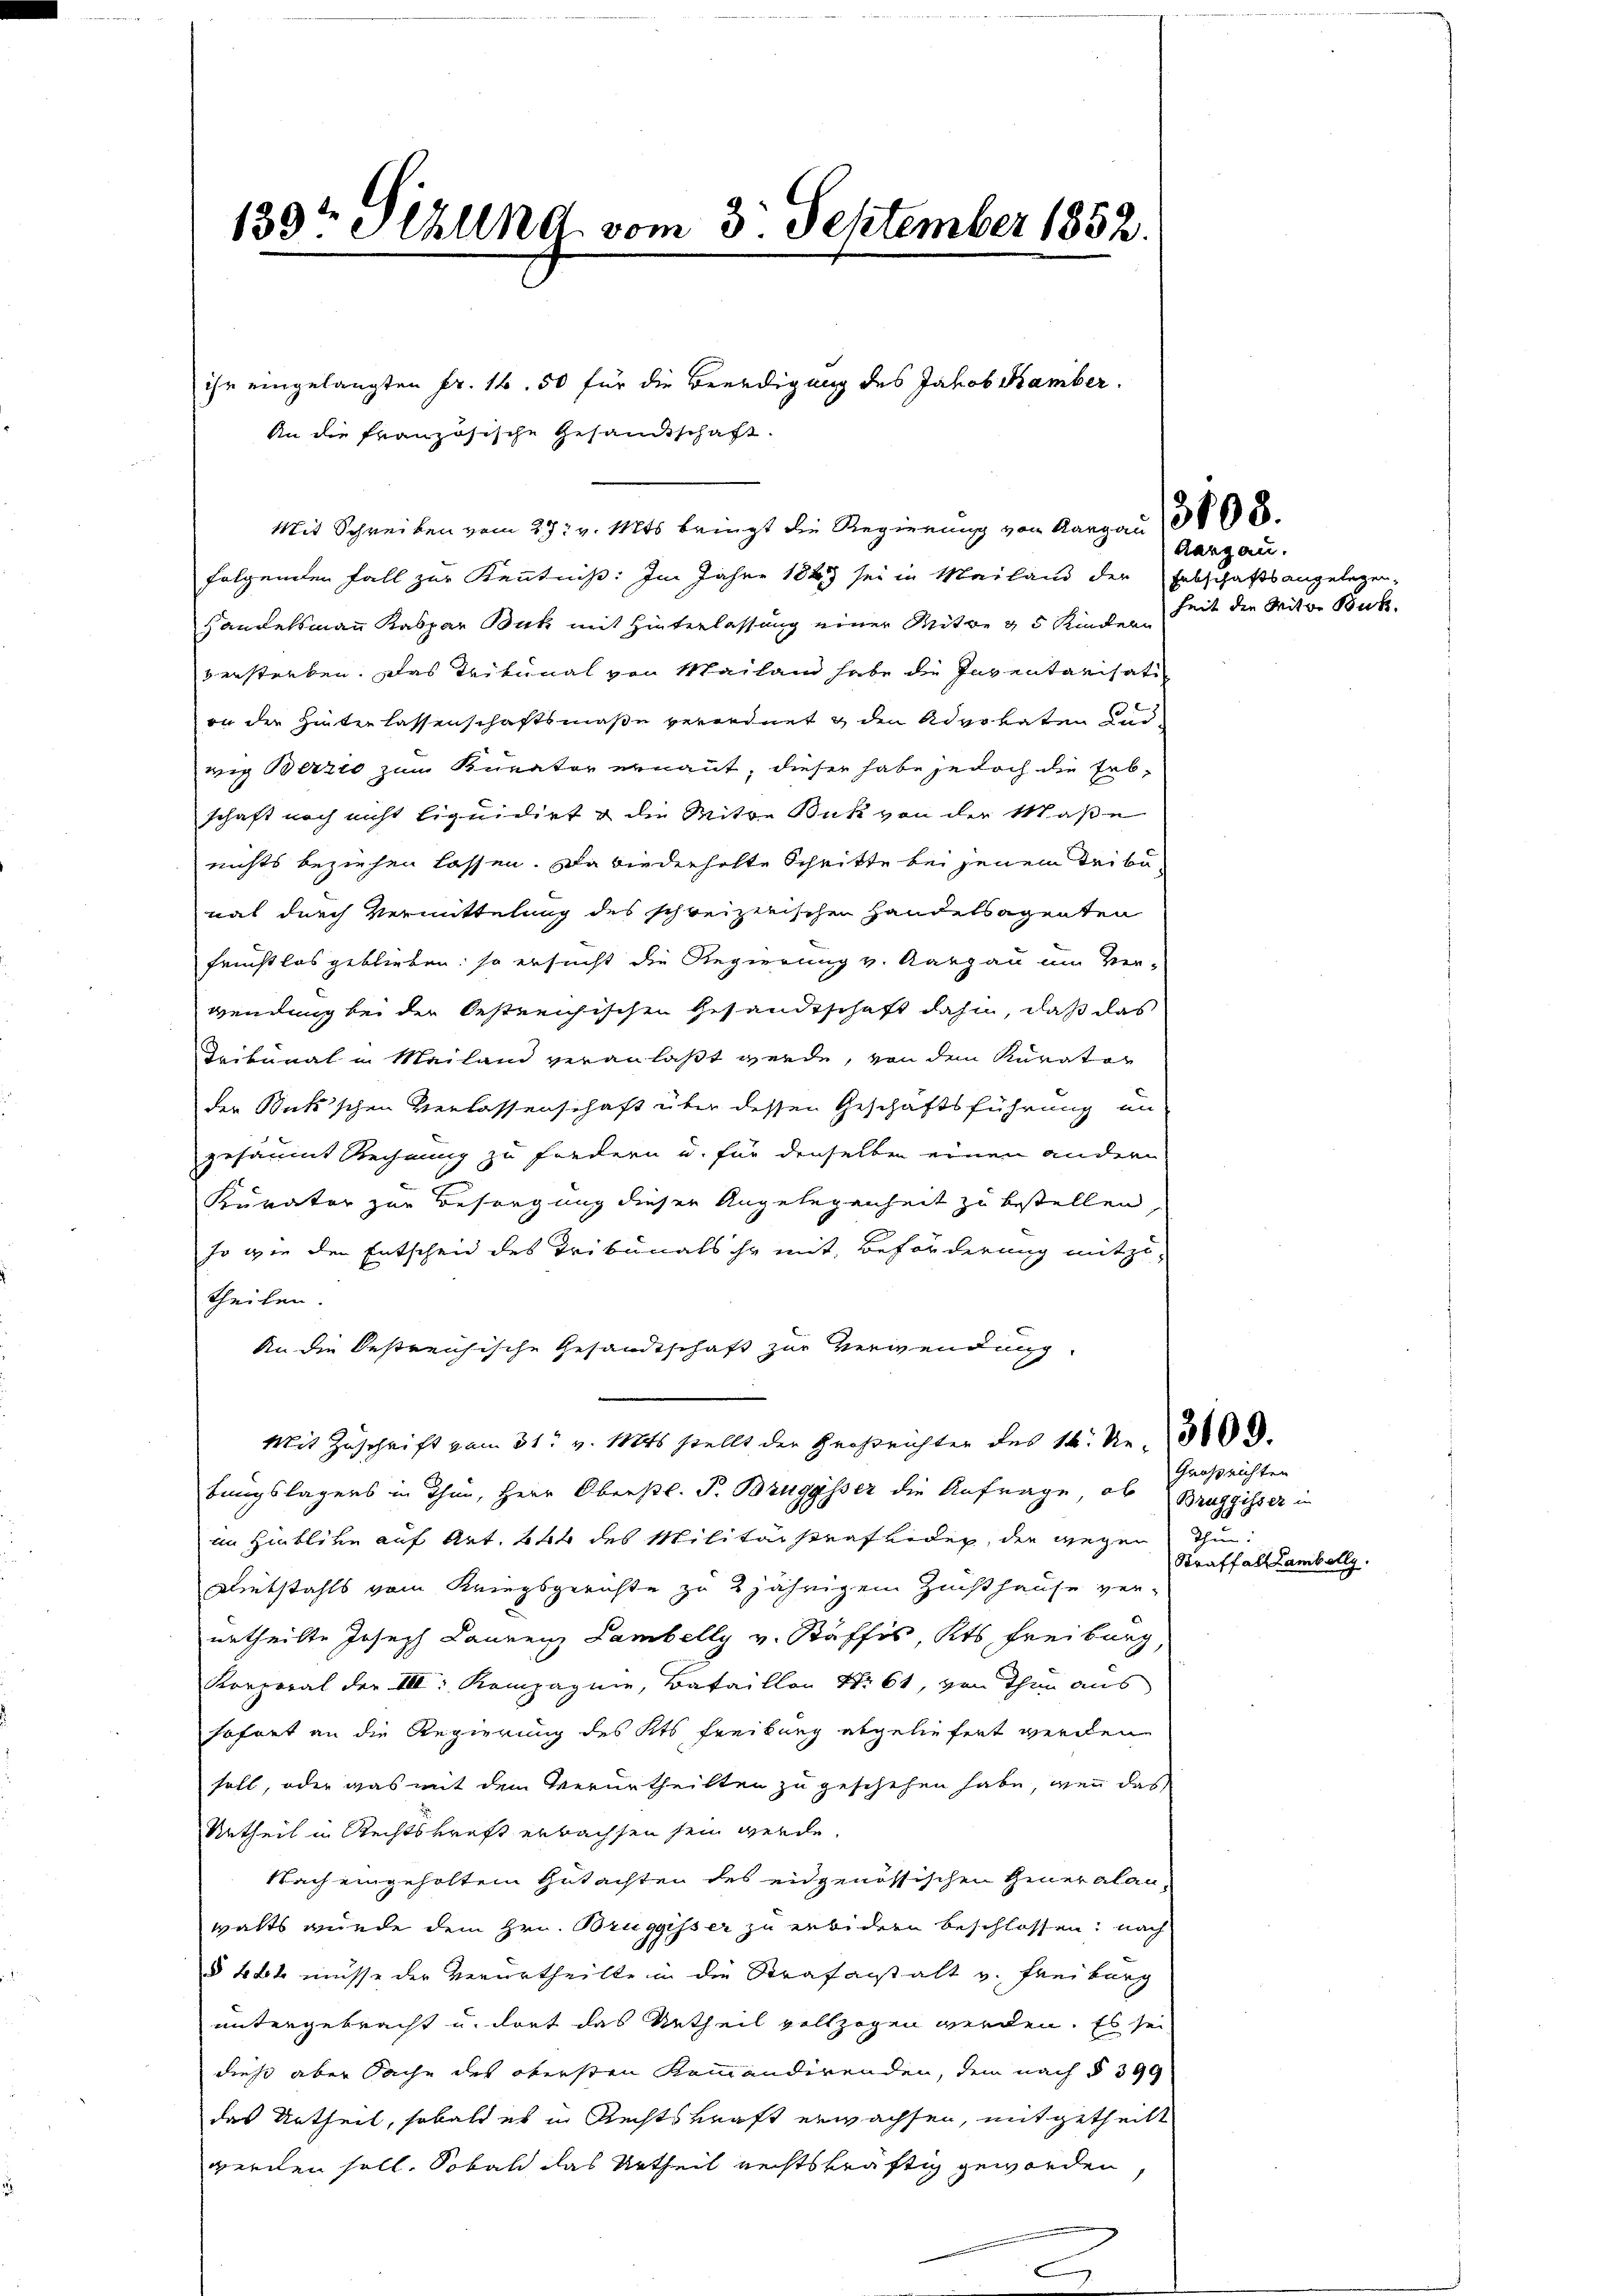
139te Sihlend, vom 3. September 1852.

folgenden Fall zur Kenntniß: Im Jahre 1849 sei in Mailand der Erbschaftsangelegen-
Handelsmann Kaspar Buch mit Hinterlassung einer Mitwe & 5 Kinderseit die Witwe Buch.
verstorben. Das Tribunal von Mailand habe die Inventarisati-
on der Hinterlassenschaftsmaße verordnet & den Advokaten und
weg Berzio zum Kurator ernannt, dieser habe jedoch die Erb-
schaft noch nicht liquidirt & die Mitwe Buk von der Maße
nichts beziehen lassen. Da wiederholte Schritte bei jenem Tribunat durch Vermittelung des schreizerischen Handelsagenten
frichtlos geblieben, so ersucht die Regierung v. Aargau um Ver-
wendung bei der Oestreichischen Gesandtschaft dahin, daß das
Deibunal in Mailand veranlaßt werde, von dem Kurator
der Buk’schen Verlassenschaft über dessen Geschäftsführung un
gesäumt Rechnung zu fordern u. für denselbe einen andern
Kurator zur Besorgung dieser Angelegenheit zu bestellen,
so wie der Entscheid des Tribunals ihr mit Beförderung mitzutheilen.
An die bestreichische Gesandtschaft zur Verwendung.
Mit Zuschrift vom 31. v. Mts stellt der Großrichter des 14. Nr. 308.
bungslagers in Thun, Herr Oberstl. P. Bruggsser die Anfrage, ob Bruggisser in
in Hinblicke auf Art. 644 des Militärstrafbeden, den wegen Thun.
Diebstahls vom Kriegsgerichte zu 2jährigem Zuchthause ver-
urtheilte Joseph Laurenz Lambelly v. Stäffes, Kts. Freiburg,
Korporal der III: Kompagnie, Bataillon Nr. 61, von Thun aus
hofnet an die Regierung des Kts Freibung abgeliefert werden
soll, oder was mit dem Verurtheilten zu geschehen habe, wenn das
Urtheil in Rechtskraft erbachsen sein werde.
Nach eingeholtem Gutachten des eidgenössischen Generalau-
walts wurde dem Hrn. Bruggisser zu erbidern beschlossen; nach
§ Lth müsse der Verurtheilte in die Strafanstalt v. Freiburg
untergebracht u. dort das Urtheil vollzogen werden. Es sei,
dieß aber Sache des obersten Kommandirenden, dem nach § 399
das Urtheil, sobald es in Rechtskraft erwachsen, mitgetheilt
werden soll. Sobald das Urtheil rechtskräftig geworden,

An die französische Gesandtschaft.

ihr eingelangten Fr. 16. 50 für die Beerdigung des Jakob Kamber.

Mit Schreiben vom 27. v. Mts. bringt die Regierung von Aargau (308.

e

Aargau.

Großrichten
Straffall Lambelly.